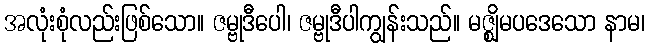
အလုံးစုံလည်းဖြစ်သော။ ဇမ္ဗုဒီပေါ၊ ဇမ္ဗုဒီပါကျွန်းသည်။ မဇ္ဈိမပဒေသော နာမ၊